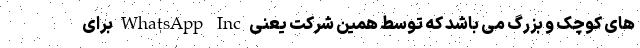
های کوچک و بزرگ می باشد که توسط همین شرکت یعنی WhatsApp Inc برای